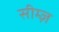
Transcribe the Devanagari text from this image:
सीम्ज़